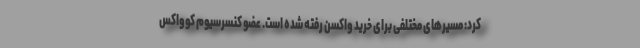
کرد: مسیرهای مختلفی برای خرید واکسن رفته شده است. عضو کنسرسیوم کوواکس